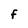
Character: F